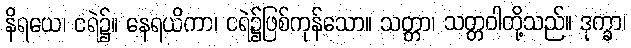
နိရယေ၊ ငရဲ၌။ နေရယိကာ၊ ငရဲ၌ဖြစ်ကုန်သော။ သတ္တာ၊ သတ္တဝါတို့သည်။ ဒုက္ခာ၊